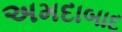
અમદાબાદ